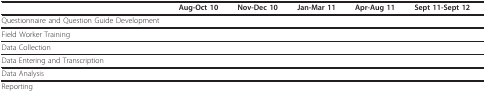
|  | Aug-Oct 10 | Nov-Dec 10 | Jan-Mar 11 | Apr-Aug 11 | Sept 11-Sept 12 |
 | --- | --- | --- | --- | --- | --- |
 | Questionnaire and Question Guide Development |  |  |  |  |  |
 | Field Worker Training |  |  |  |  |  |
 | Data Collection |  |  |  |  |  |
 | Data Entering and Transcription |  |  |  |  |  |
 | Data Analysis |  |  |  |  |  |
 | Reporting |  |  |  |  |  |